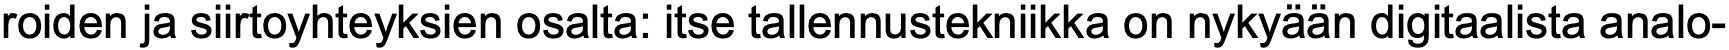
roiden ja siirtoyhteyksien osalta: itse tallennustekniikka on nykyään digitaalista analo-